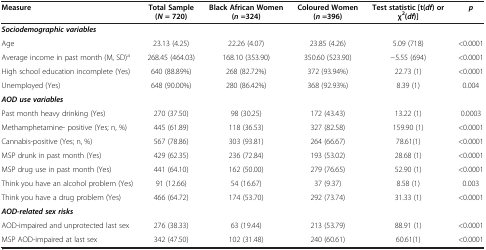
<table><thead><tr><td><b>Measure</b></td><td><b>Total Sample (<i>N </i>= 720)</b></td><td><b>Black African Women (<i>n </i>=324)</b></td><td><b>Coloured Women (<i>n </i>=396)</b></td><td><b>Test statistic [t(<i>df</i>) or χ<sup>2</sup>(<i>df</i>)]</b></td><td><b><i>p</i></b></td></tr></thead><tbody><tr><td colspan="2"><b><i>Sociodemographic variables</i></b></td><td> </td><td> </td><td> </td><td> </td></tr><tr><td>Age</td><td>23.13 (4.25)</td><td>22.26 (4.07)</td><td>23.85 (4.26)</td><td>5.09 (718)</td><td>&lt;0.0001</td></tr><tr><td>Average income in past month (M, SD)<sup>a</sup></td><td>268.45 (464.03)</td><td>168.10 (353.90)</td><td>350.60 (523.90)</td><td>−5.55 (694)</td><td>&lt;0.0001</td></tr><tr><td>High school education incomplete (Yes)</td><td>640 (88.89%)</td><td>268 (82.72%)</td><td>372 (93.94%)</td><td>22.73 (1)</td><td>&lt;0.0001</td></tr><tr><td>Unemployed (Yes)</td><td>648 (90.00%)</td><td>280 (86.42%)</td><td>368 (92.93%)</td><td>8.39 (1)</td><td>0.004</td></tr><tr><td><b><i>AOD use variables</i></b></td><td> </td><td> </td><td> </td><td> </td><td> </td></tr><tr><td>Past month heavy drinking (Yes)</td><td>270 (37.50)</td><td>98 (30.25)</td><td>172 (43.43)</td><td>13.22 (1)</td><td>0.0003</td></tr><tr><td>Methamphetamine- positive (Yes; n, %)</td><td>445 (61.89)</td><td>118 (36.53)</td><td>327 (82.58)</td><td>159.90 (1)</td><td>&lt;0.0001</td></tr><tr><td>Cannabis-positive (Yes; n, %)</td><td>567 (78.86)</td><td>303 (93.81)</td><td>264 (66.67)</td><td>78.61(1)</td><td>&lt;0.0001</td></tr><tr><td>MSP drunk in past month (Yes)</td><td>429 (62.35)</td><td>236 (72.84)</td><td>193 (53.02)</td><td>28.68 (1)</td><td>&lt;0.0001</td></tr><tr><td>MSP drug use in past month (Yes)</td><td>441 (64.10)</td><td>162 (50.00)</td><td>279 (76.65)</td><td>52.90 (1)</td><td>&lt;0.0001</td></tr><tr><td>Think you have an alcohol problem (Yes)</td><td>91 (12.66)</td><td>54 (16.67)</td><td>37 (9.37)</td><td>8.58 (1)</td><td>0.003</td></tr><tr><td>Think you have a drug problem (Yes)</td><td>466 (64.72)</td><td>174 (53.70)</td><td>292 (73.74)</td><td>31.33 (1)</td><td>&lt;0.0001</td></tr><tr><td><b><i>AOD-related sex risks</i></b></td><td> </td><td> </td><td> </td><td> </td><td> </td></tr><tr><td>AOD-impaired and unprotected last sex</td><td>276 (38.33)</td><td>63 (19.44)</td><td>213 (53.79)</td><td>88.91 (1)</td><td>&lt;0.0001</td></tr><tr><td>MSP AOD-impaired at last sex</td><td>342 (47.50)</td><td>102 (31.48)</td><td>240 (60.61)</td><td>60.61(1)</td><td>&lt;0.0001</td></tr></tbody></table>